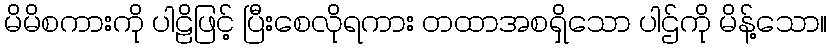
မိမိစကားကို ပါဠိဖြင့် ပြီးစေလိုရကား တထာအစရှိသော ပါဌ်ကို မိန့်သော။